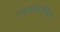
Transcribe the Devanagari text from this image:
मडगास्करेन्सिस